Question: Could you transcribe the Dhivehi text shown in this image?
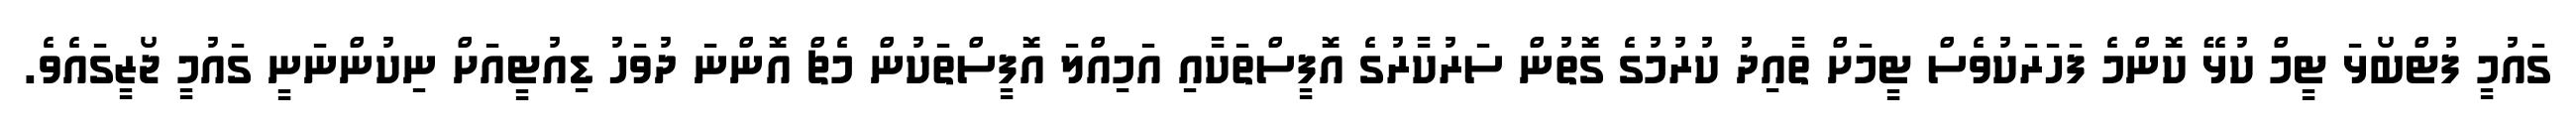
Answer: ގައުމީ ފުޓްބޯޅަ ޓީމް ކުޅޭ ކޮންމެ ފަހަރަކުވެސް ޓީމަށް ތާއިދު ކުރުމުގެ ގޮތުން ސަރުކާރުގެ އޮފީސްތަކާއި އަމިއްލަ އޮފީސްތަކުން މެޗް އޮންނަ ދުވަހު ޑިއުޓީއަށް ނިކުންނަނީ ގައުމީ ޖޯޒީގައެވެ.